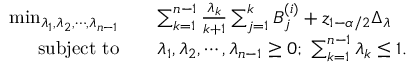
\begin{array} { r l } { \operatorname* { m i n } _ { \lambda _ { 1 } , \lambda _ { 2 } , \cdots , \lambda _ { n - 1 } } \quad } & { \sum _ { k = 1 } ^ { n - 1 } \frac { \lambda _ { k } } { k + 1 } \sum _ { j = 1 } ^ { k } B _ { j } ^ { ( i ) } + z _ { 1 - \alpha / 2 } \Delta _ { \lambda } } \\ { \mathrm { s u b j e c t ~ t o } \quad } & { \lambda _ { 1 } , \lambda _ { 2 } , \cdots , \lambda _ { n - 1 } \ge 0 ; \ \sum _ { k = 1 } ^ { n - 1 } \lambda _ { k } \le 1 . } \end{array}